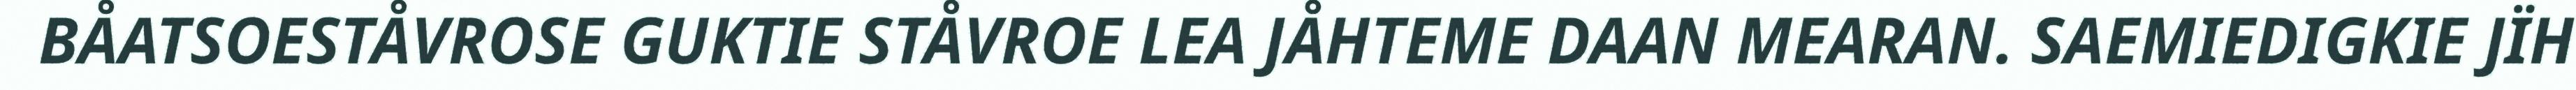
BÅATSOESTÅVROSE GUKTIE STÅVROE LEA JÅHTEME DAAN MEARAN. SAEMIEDIGKIE JÏH